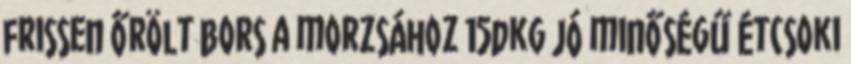
frissen őrölt bors a morzsához 15dkg jó minőségű étcsoki